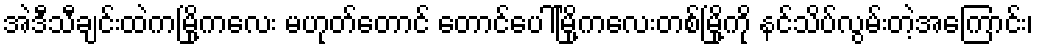
အဲဒီသီချင်းထဲကမြို့ကလေး မဟုတ်တောင် တောင်ပေါ်မြို့ကလေးတစ်မြို့ကို နင်သိပ်လွမ်းတဲ့အကြောင်း၊